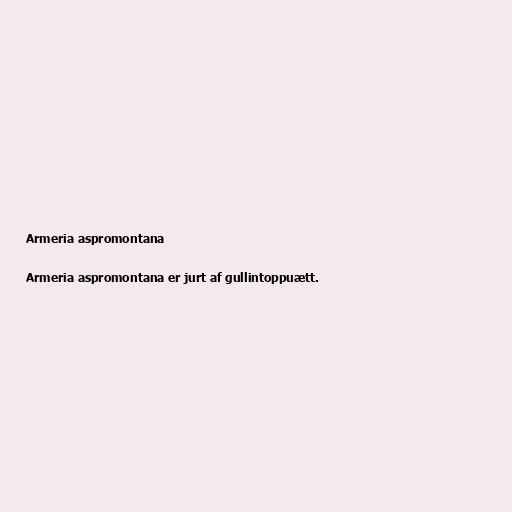
Armeria aspromontana

Armeria aspromontana er jurt af gullintoppuætt.